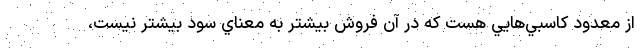
از معدود كاسبي‌هايي هست كه در آن فروش بيشتر به معناي سود بيشتر نيست،